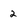
Character: 2